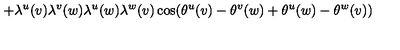
\qquad \qquad \qquad + \lambda ^ { u } ( v ) \lambda ^ { v } ( w ) \lambda ^ { u } ( w ) \lambda ^ { w } ( v ) \cos ( \theta ^ { u } ( v ) - \theta ^ { v } ( w ) + \theta ^ { u } ( w ) - \theta ^ { w } ( v ) )